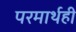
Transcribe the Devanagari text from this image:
परमार्थही